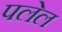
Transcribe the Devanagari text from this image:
पलेल